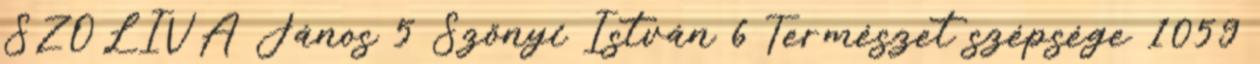
SZOLIVA János 5 Szőnyi István 6 Természet szépsége 1059